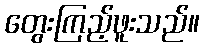
တွေးကြည့်ဖူးသည်။